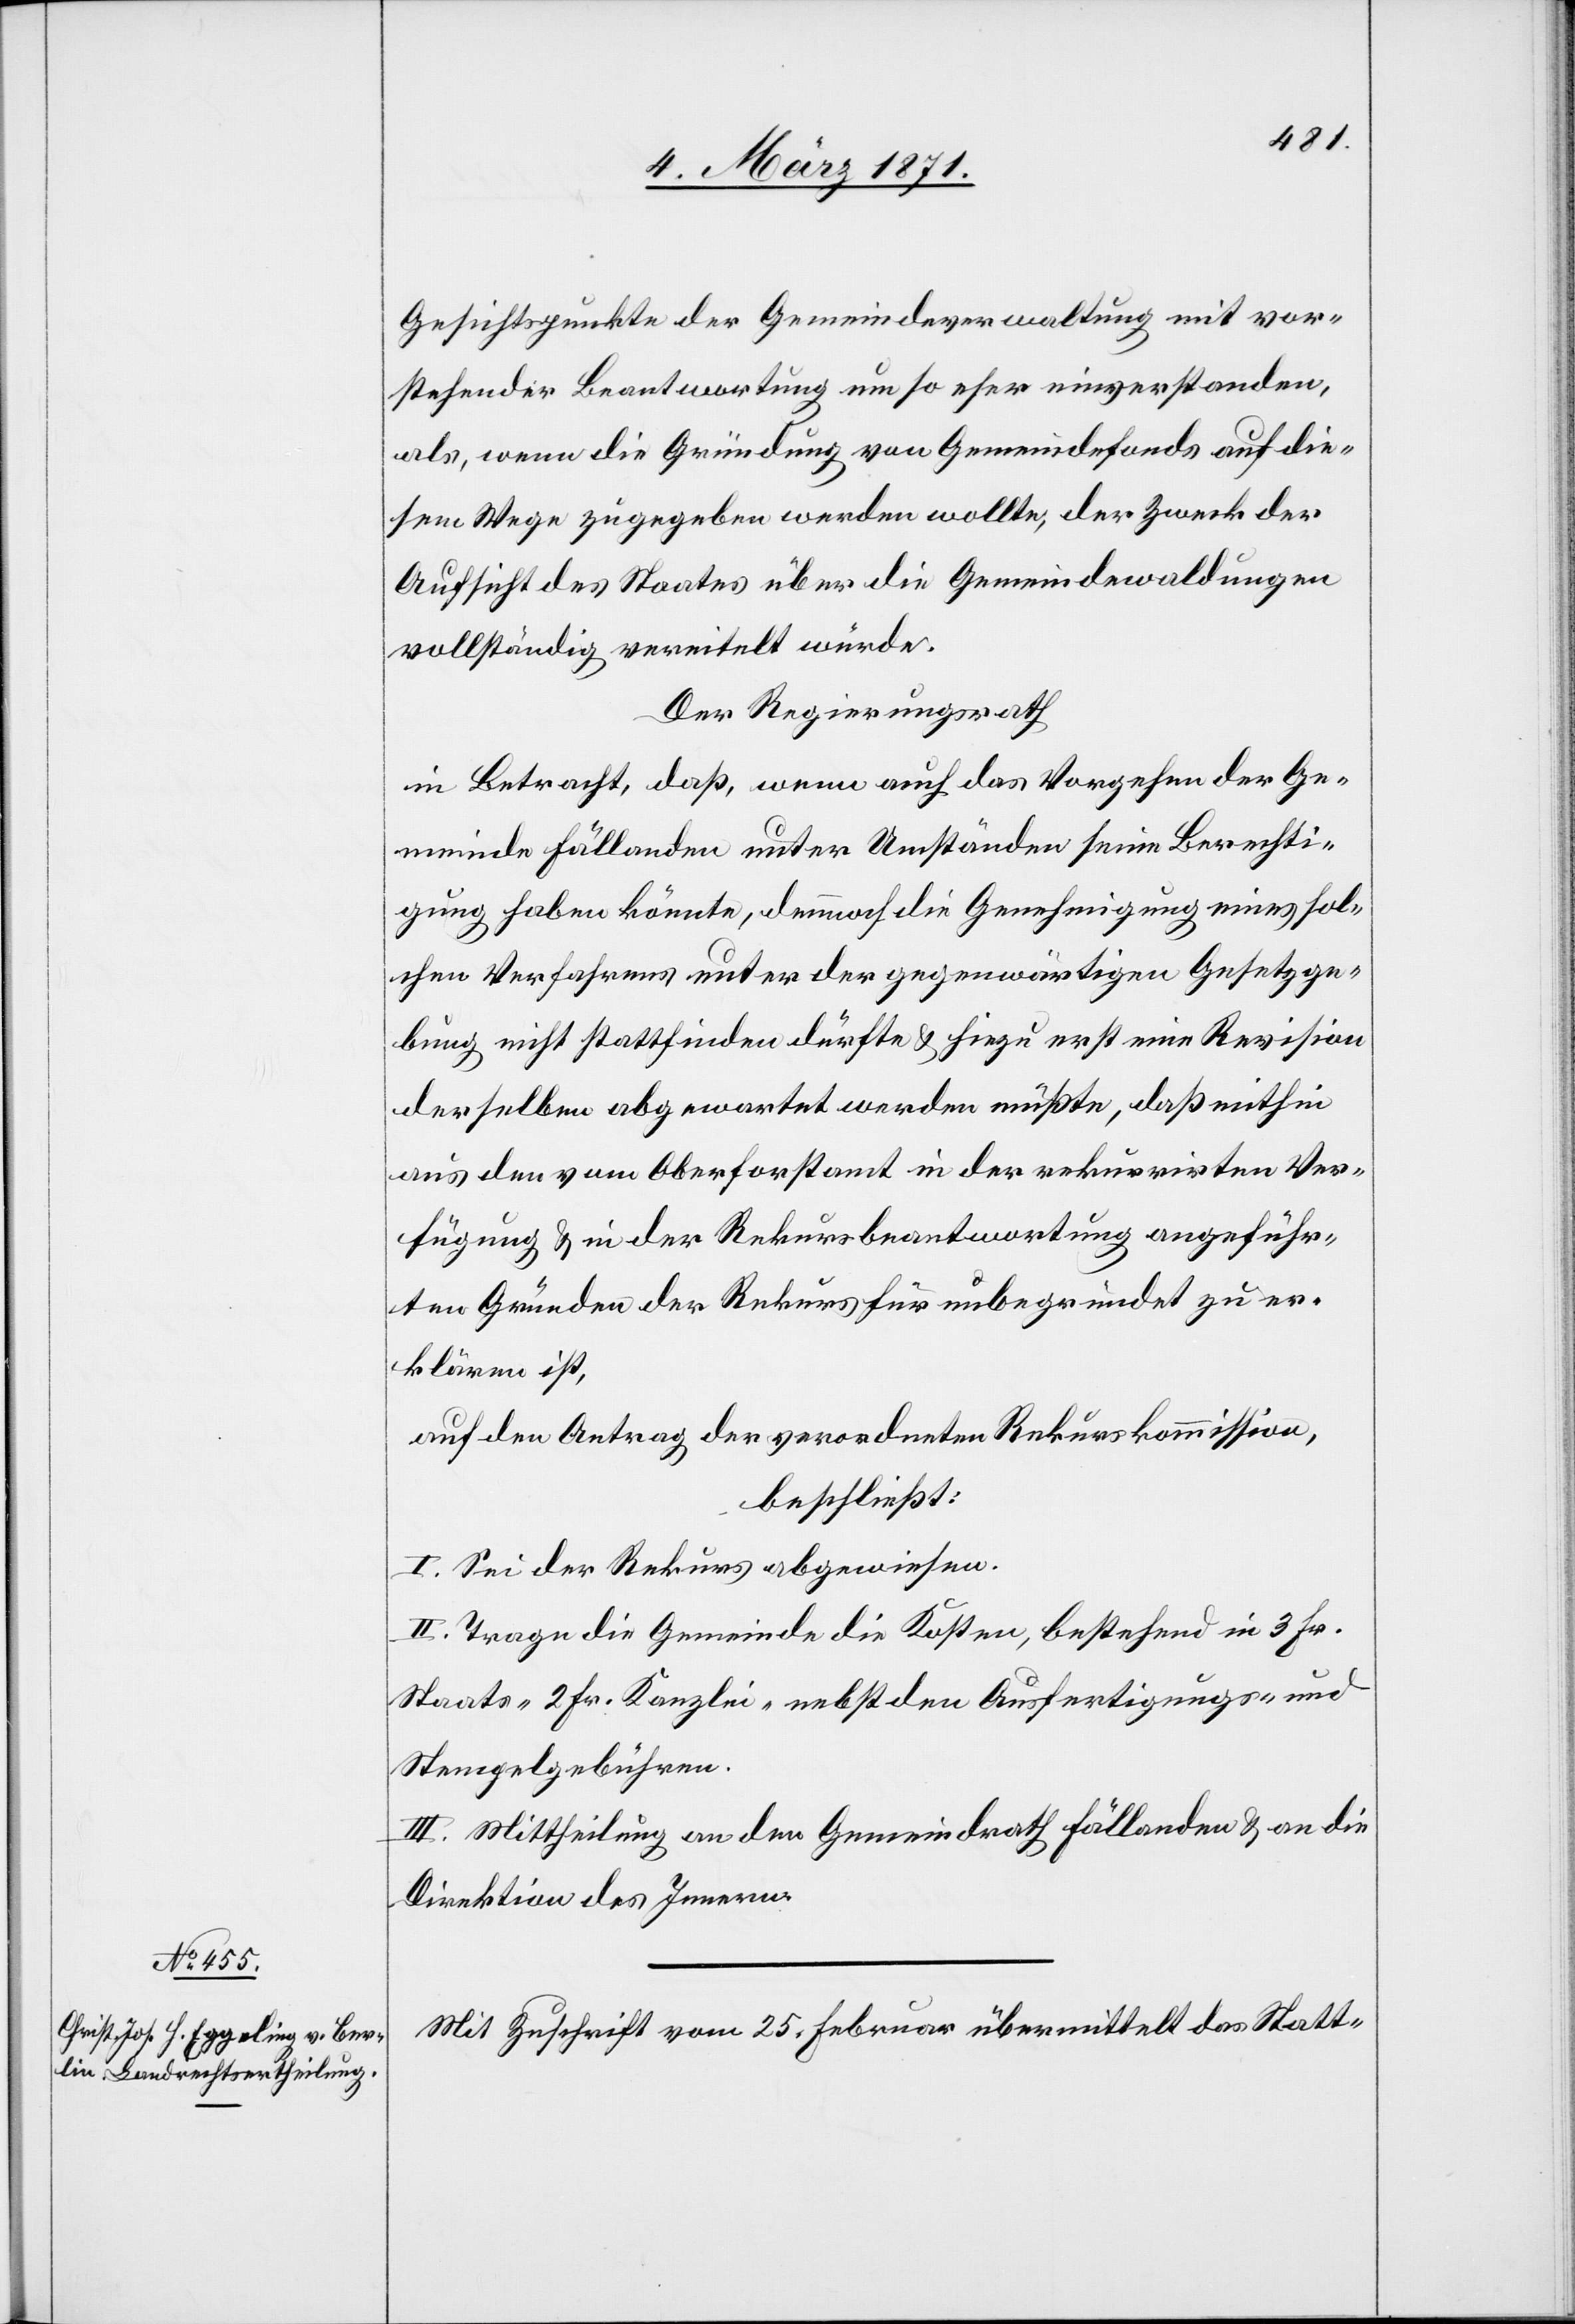
Gesichtspunkt der Gemeindeverwaltung mit vor¬
stehender Beantwortung um so eher einverstanden,
als, wenn die Gründung von Gemeindefonds auf die¬
sem Wege zugegeben werden wollte, der Zweck der
Aufsicht des Staates über die Gemeindewaldungen
vollständig vereitelt würde.
Der Regierungsrath
in Betracht, daß, wenn auch das Vorgehen der Ge¬
meinde Fällanden unter Umständen seine Berechti¬
gung haben könnte, dennoch die Genehmigung eines sol¬
chen Verfahrens unter der gegenwärtigen Gesetzge¬
bung nicht stattfinden dürfte u. hiezu erst eine Revision
derselben abgewartet werden müßte, daß mithin
aus den vom Oberforstamt in der rekurrirten Ver¬
fügung u. in der Rekursbeantwortung angeführ¬
ten Gründen der Rekurs für unbegründet zu er¬
klären ist,
auf den Antrag der verordneten Rekurskommission,
beschließt:
I. Sei der Rekurs abgewiesen.
II. Trage die Gemeinde die Kosten, bestehend in 3 Fr.
Staats-[,] 2 Fr. Kanzlei-[,] nebst den Ausfertigungs- und
Stempelgebühren.
III. Mittheilung an den Gemeindrath Fällanden u. an die
Direktion des Innern.
Mit Zuschrift vom 25. Februar übermittelt das Statt-